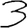
Digit: 3